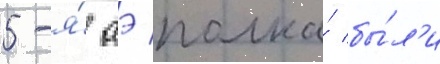
5-я́ аэ полка́ бы́л'и